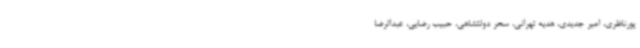
پورناظری، امیر جدیدی، هدیه تهرانی، سحر دولتشاهی، حبیب رضایی، عبدالرضا